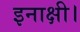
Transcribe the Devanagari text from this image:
इनाक्षी।